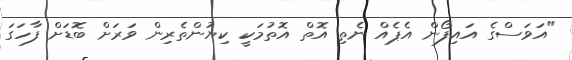
"އަވަސްގެ އައިފޯން އެޕެއް ނެތި އޮތް އޮތުމަކީ ކިޔުންތެރިން ވަރަށް ބޮޑަށް ފާހަގަ